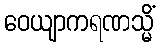
ဝေယျာကရဏသ္မိံ